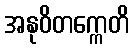
အနုဝိတက္ကေတိ